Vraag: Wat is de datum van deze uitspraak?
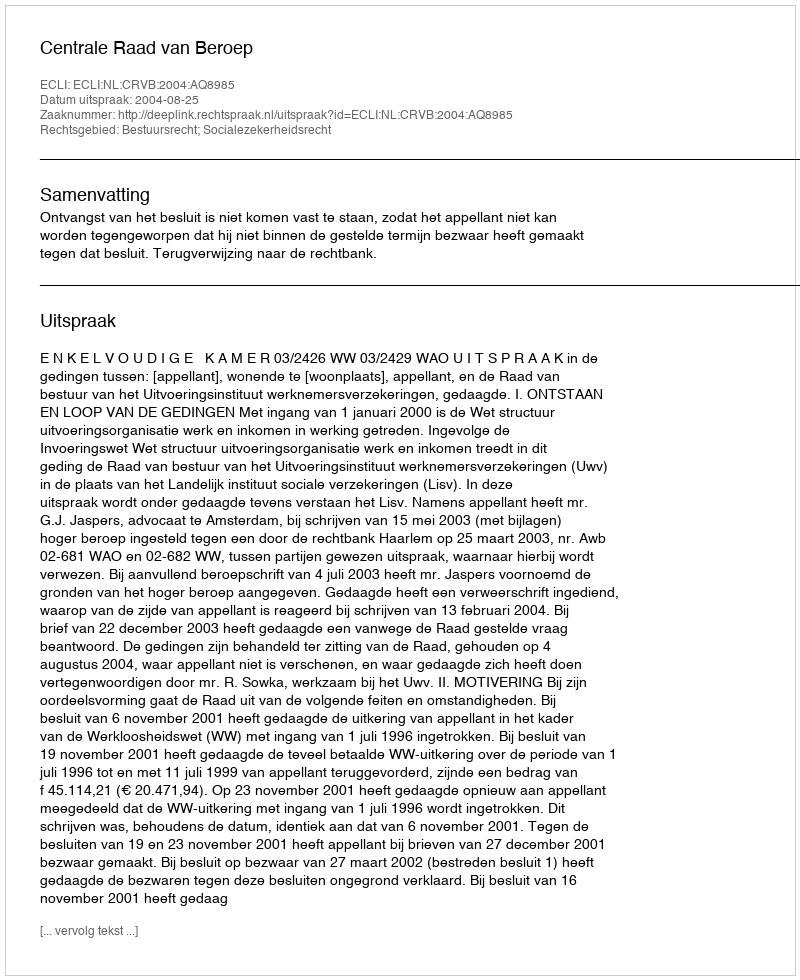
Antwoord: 2004-08-25